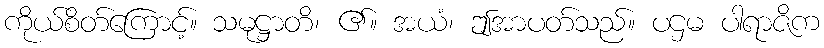
ကိုယ်စိတ်ကြောင့်။ သမုဋ္ဌာတိ၊ ၏။ အယံ၊ ဤအာပတ်သည်။ ပဌမ ပါရာဇိက